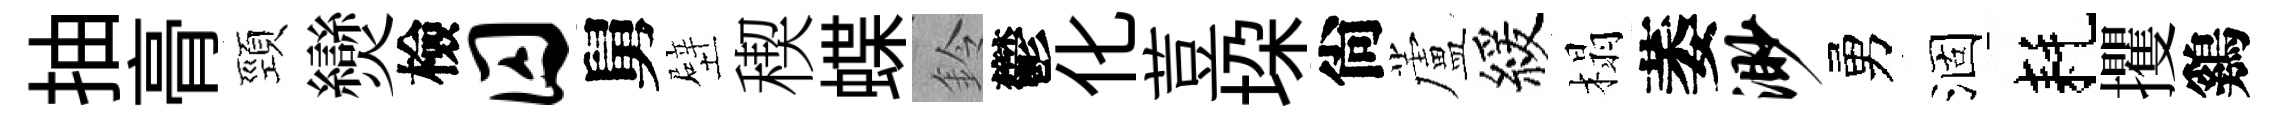
抽𮌔頸𤓖檢囚舅壁稧蝶鈴鬱化荳垜尙蘆緩榻萎渺勇涸耗攫鷄